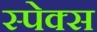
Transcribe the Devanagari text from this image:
स्पेक्स